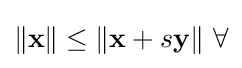
\|\mathbf {x} \|\leq \|\mathbf {x} +s\mathbf {y} \|\ \forall